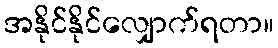
အနိုင်နိုင်လျှောက်ရတာ။